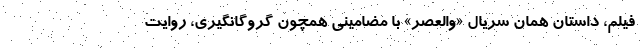
فیلم، داستان همان سریال «والعصر» با مضامینی همچون گروگانگیری، روایت